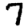
Digit: 7